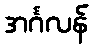
အင်္ဂလန်